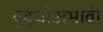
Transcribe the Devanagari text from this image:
बुद्धीअभावी